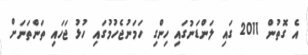
އެ ގޮތުން 2011 ގައި ލަންޑަނުގައި ހިންގި ހަމަނުޖެހުމުގައި ހުޅު ޖަހައި ތަންތަނަށް